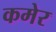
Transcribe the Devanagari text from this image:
कमेर